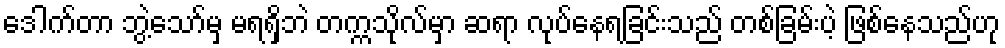
ဒေါက်တာ ဘွဲ့သော်မှ မရရှိဘဲ တက္ကသိုလ်မှာ ဆရာ လုပ်နေရခြင်းသည် တစ်ခြမ်းပဲ့ ဖြစ်နေသည်ဟု